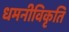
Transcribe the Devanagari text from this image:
धमनीविकृति